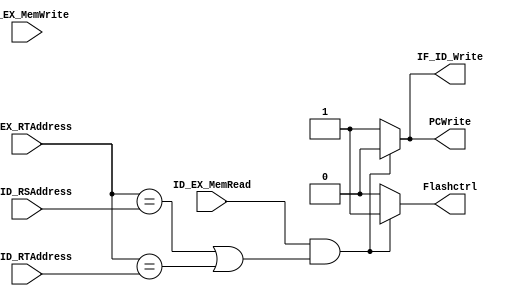
module Hazard_detection(
	input [4:0]IF_ID_RSAddress,//IF_ID_RS
	input [4:0]IF_ID_RTAddress,//IF_ID_RT
	input [4:0]ID_EX_RTAddress,//ID_EX_RT
	input ID_EX_MemRead,//ID_EX_MemRead
	input ID_EX_MemWrite,//ID_EX_MemWrite
	output reg Flashctrl,//signal to flash control signal
	output reg PCWrite,//control PC write in or not
	output reg IF_ID_Write//control IF_ID write in or not
);

always@(IF_ID_RSAddress or IF_ID_RTAddress or ID_EX_RTAddress or ID_EX_MemRead or ID_EX_MemWrite)begin
	Flashctrl=0;
	PCWrite=1;
	IF_ID_Write=1;
	if(ID_EX_MemRead && ((ID_EX_RTAddress == IF_ID_RSAddress)|(ID_EX_RTAddress==IF_ID_RTAddress)))begin//LW Data Hazard
		Flashctrl=1;
		PCWrite=0;
		IF_ID_Write=0;
	end
end
initial begin
	Flashctrl=0;
	PCWrite=1;
	IF_ID_Write=1;
end
endmodule